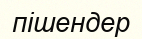
пішендер